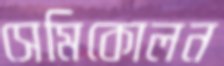
সেমিকোলন